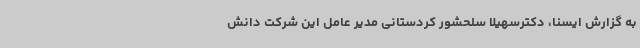
به گزارش ایسنا، دکترسهیلا سلحشور کردستانی مدیر عامل این شرکت دانش